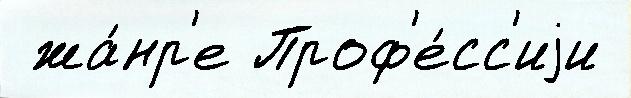
 жа́нр'е Проф'е́сс'иjи